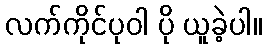
လက်ကိုင်ပုဝါ ပို ယူခဲ့ပါ။